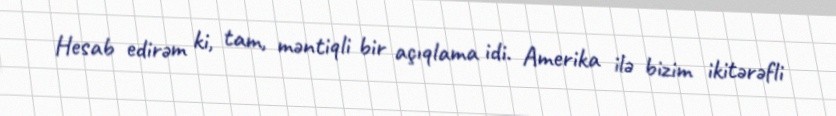
Hesab edirəm ki, tam, məntiqli bir açıqlama idi. Amerika ilə bizim ikitərəfli